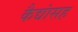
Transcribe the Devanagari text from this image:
कैद्यांसह